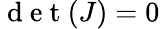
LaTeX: \mathrm{~d~e~t~}(J)=0